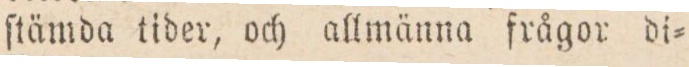
ſtämda tider, och allmänna frågor di=